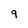
Character: 9